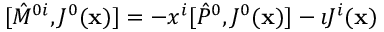
[ { \hat { M } } ^ { 0 i } , J ^ { 0 } ( { \bf x } ) ] = - x ^ { i } [ { \hat { P } } ^ { 0 } , J ^ { 0 } ( { \bf x } ) ] - \imath J ^ { i } ( { \bf x } )